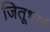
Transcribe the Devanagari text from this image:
जितूभाई